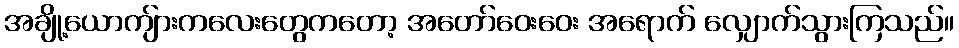
အချို့ယောကျ်ားကလေးတွေကတော့ အတော်ဝေးဝေး အရောက် လျှောက်သွားကြသည်။